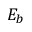
E _ { b }